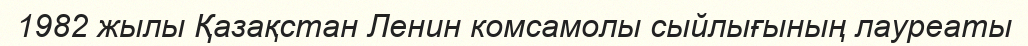
1982 жылы Қазақстан Ленин комсамолы сыйлығының лауреаты